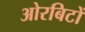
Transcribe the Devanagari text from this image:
ओरबिटों